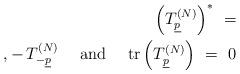
LaTeX: \begin{align*}\left( T_{\underline{p}}^{(N)} \right)^* \ = \\,-\,T_{-\underline{p}}^{(N)} \ \quad {\rm and}\quad\ {\rm tr}\left( T_{\underline{p}}^{(N)}\right) \ = \ 0\end{align*}